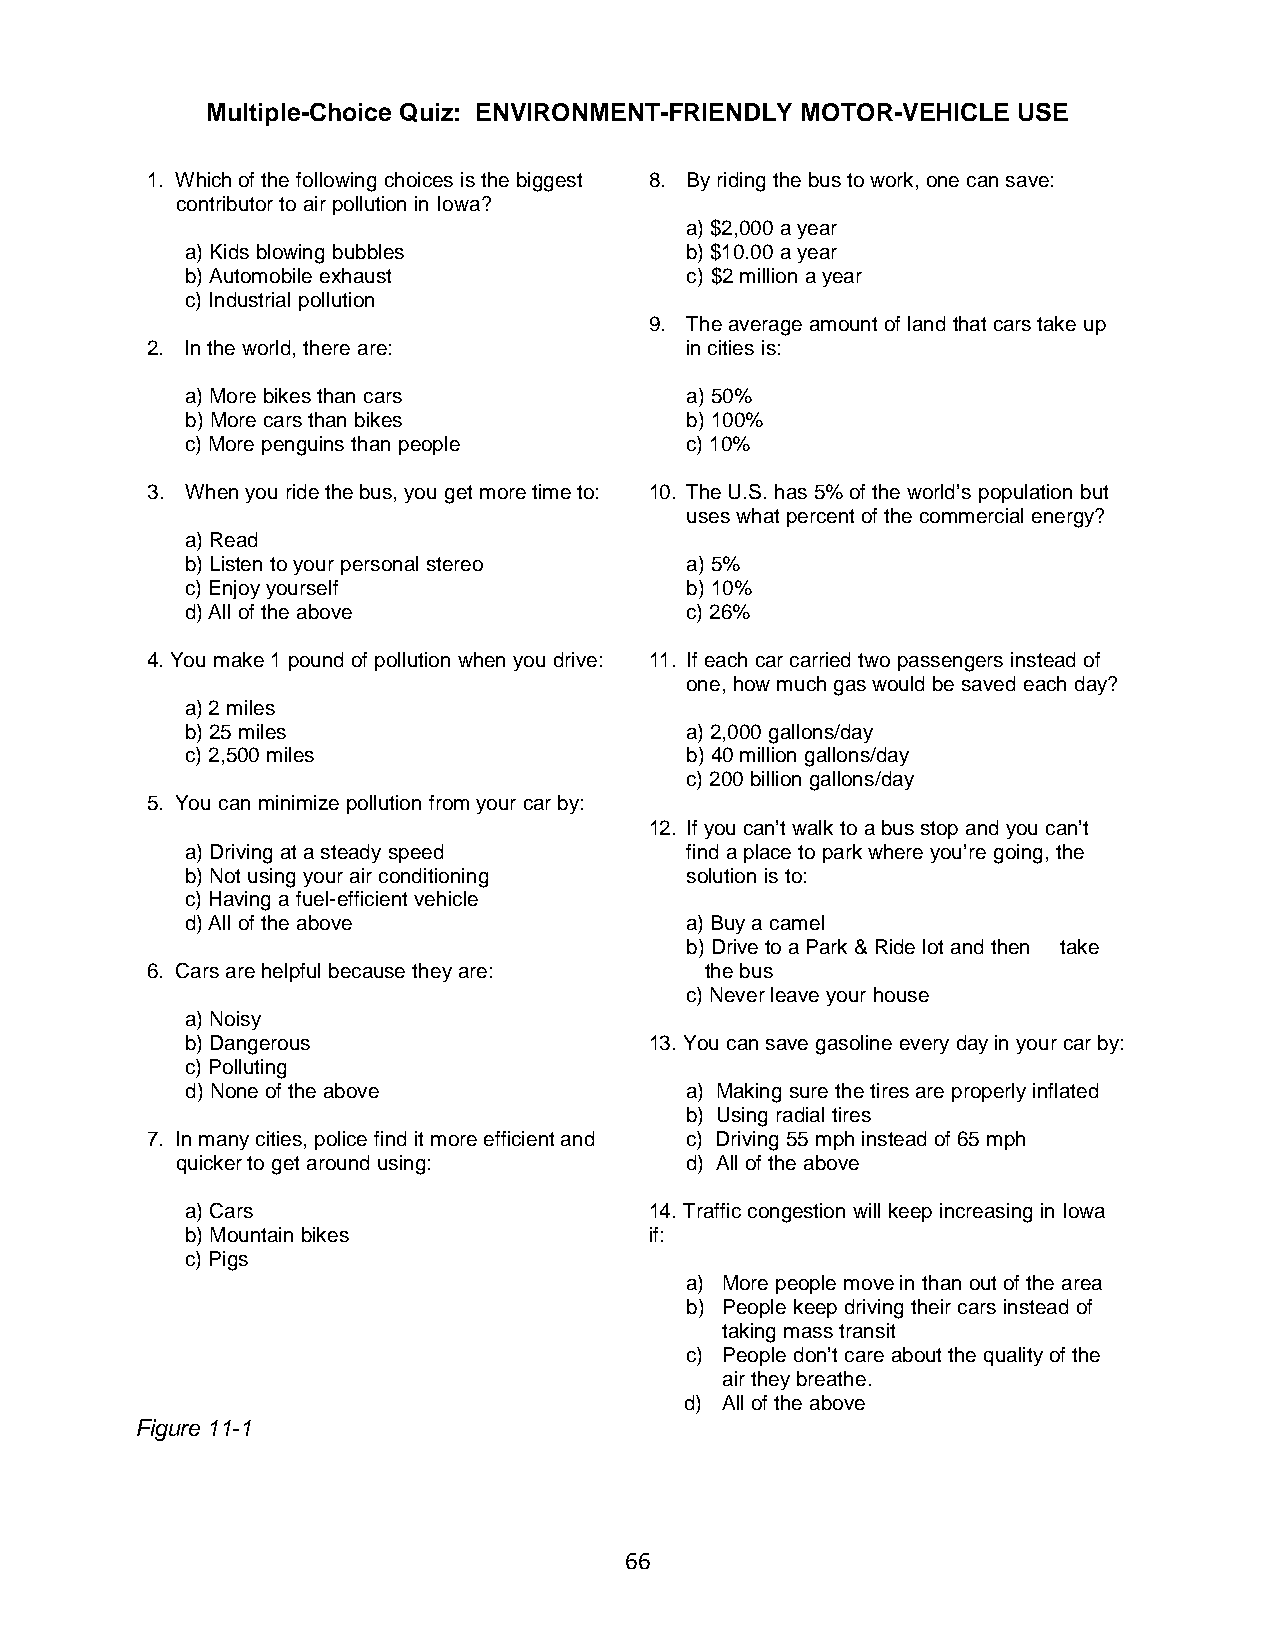
Multiple-Choice Quiz: ENVIRONMENT-FRIENDLY MOTOR-VEHICLE USE
 1. Which of the following choices is the biggest 8. By riding the bus to work, one can save:
 contributor to air pollution in Iowa?
 a) $2,000 a year
 a) Kids blowing bubbles          b) $10.00 a year
 b) Automobile exhaust            c) $2 million a year
 c) Industrial pollution
 9. The average amount of land that cars take up
 2. In the world, there are:        in cities is:
 a) More bikes than cars          a) 50%
 b) More cars than bikes          b) 100%
 c) More penguins than people     c) 10%
 3. When you ride the bus, you get more time to: 10. The U.S. has 5% of the world’s population but
 uses what percent of the commercial energy?
 a) Read
 b) Listen to your personal stereo a) 5%
 c) Enjoy yourself                b) 10%
 d) All of the above              c) 26%
 4. You make 1 pound of pollution when you drive: 11. If each car carried two passengers instead of
 one, how much gas would be saved each day?
 a) 2 miles
 b) 25 miles                      a) 2,000 gallons/day
 c) 2,500 miles                   b) 40 million gallons/day
 c) 200 billion gallons/day
 5. You can minimize pollution from your car by:
 12. If you can’t walk to a bus stop and you can’t
 a) Driving at a steady speed     find a place to park where you’re going, the
 b) Not using your air conditioning solution is to:
 c) Having a fuel-efficient vehicle
 d) All of the above              a) Buy a camel
 b) Drive to a Park & Ride lot and then take
 6. Cars are helpful because they are: the bus
 c) Never leave your house
 a) Noisy
 b) Dangerous                   13. You can save gasoline every day in your car by:
 c) Polluting
 d) None of the above             a) Making sure the tires are properly inflated
 b) Using radial tires
 7. In many cities, police find it more efficient and c) Driving 55 mph instead of 65 mph
 quicker to get around using:     d) All of the above
 a) Cars                        14. Traffic congestion will keep increasing in Iowa
 b) Mountain bikes              if:
 c) Pigs
 a) More people move in than out of the area
 b) People keep driving their cars instead of
 taking mass transit
 c) People don’t care about the quality of the
 air they breathe.
 d) All of the above
 Figure 11-1
 66